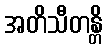
အတိသီတန္တိ